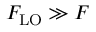
F _ { \mathrm { L O } } \gg F